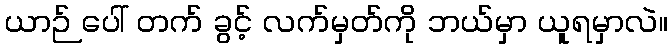
ယာဉ် ပေါ် တက် ခွင့် လက်မှတ်ကို ဘယ်မှာ ယူရမှာလဲ။